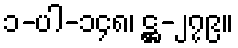
၁-ပါ-၁၄၈၊ ဋ္ဌ-၂၇၉။